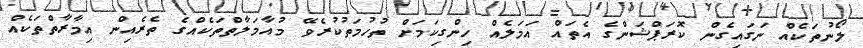
ލޯނުތަކެއް ނަގައިގެން ކޮރަޕްޝަންގެ އެތައް އަމަލެއް ހިންގިކަމަށް ތުހުމަތުކުރެވޭ މުއާމަލާތްތަކެއްގެ ތެރެއިން އިމާރާތްތަކެއް